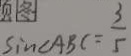
\sin \angle A B C = \frac { 3 } { 5 }